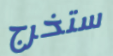
ستخرج